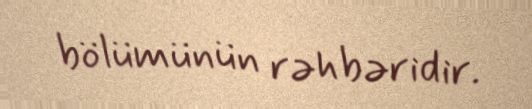
bölümünün rəhbəridir.